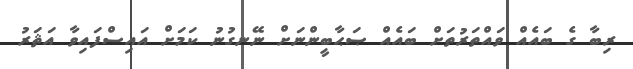
ރިބާ ގެ ބައެއް ވައްތަރުތަށް ބައެއް ޞަޙާބީންނަށް ނޭނގުނު ކަމަށް އައިސްފައިވާ އަޘަރު